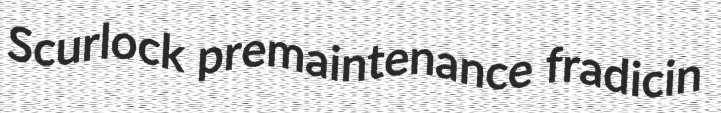
Scurlock premaintenance fradicin